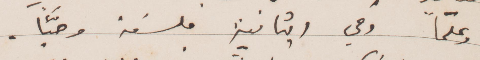
وعلمًا وفي الثانية فلسفة وحبًا.